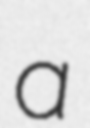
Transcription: a